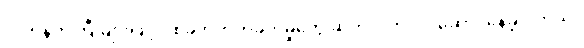
လက်နက်ကြီးများဖြင့် ပစ်ခတ်တိုက်ခိုက်မှုတွေ ဆက်လက်လုပ်ဆောင်နေခဲ့ပါတယ်။